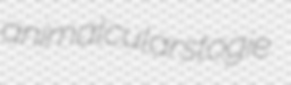
animalcular stogie